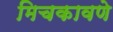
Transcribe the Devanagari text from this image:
मिचकावणे